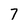
Character: 7